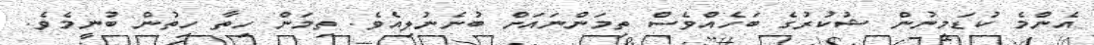
އެންމެ ކުޑަމިނުން ޝުކުރުގެ ބަހެއްވެސް ތިމަންނައަށް ބުނެނުލިއެވެ. ތިމަން ހިތާ ހިތުން ބުނީމެވެ.